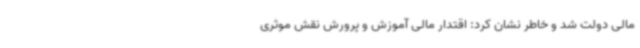
مالی دولت شد و خاطر نشان کرد: اقتدار مالی آموزش و پرورش نقش موثری